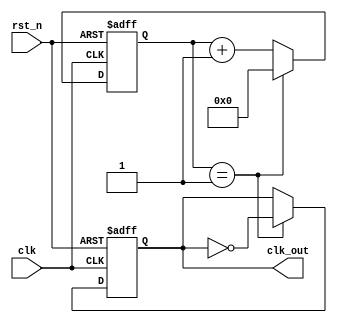
`timescale 10ns / 1ps
//////////////////////////////////////////////////////////////////////////////////
// Company: 
// Engineer: 
// 
// Design Name: 
// Module Name: clock_div
// Project Name: 
// Target Devices: 
// Tool Versions: 
// Description: 
// 
// Dependencies: 
// 
// Revision:
// Revision 0.01 - File Created
// Additional Comments:
// 
//////////////////////////////////////////////////////////////////////////////////

module clock_div #(
    parameter N = 2,
    parameter WIDTH = 8
)(  
    input clk,
    input rst_n,
    output reg clk_out
    );

    reg [WIDTH-1 : 0] cnt;
    always @(posedge clk, negedge rst_n)
    begin
        if (!rst_n)
            cnt <= 0;
        else
        begin
            if (cnt == N - 1)
            begin
                cnt <= 0;
            end
            else
            begin
                cnt <= cnt + 1;
            end
        end
    end
    
    always @(posedge clk, negedge rst_n)
    begin
        if (!rst_n)
            clk_out <= 0;
        else
            if (cnt == N - 1) begin
                clk_out <= !clk_out;
            end
    end
  
endmodule